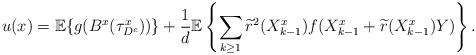
\begin{align*} u(x)=\mathbb{E}\{g(B^x(\tau^x_{D^c}))\}+\frac{1}{d}\mathbb{E}\left\{\sum\limits_{k\geq 1}\widetilde{r}^2(X^x_{k-1})f(X^x_{k-1}+\widetilde{r}(X^x_{k-1})Y)\right\}.\end{align*}